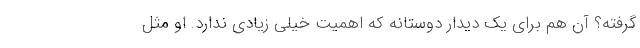
گرفته؟ آن هم برای یک دیدار دوستانه که اهمیت خیلی زیادی ندارد. او مثل